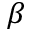
\beta